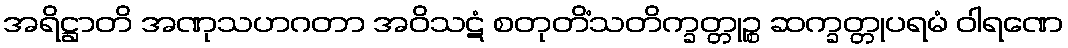
အရိဋ္ဌာတိ အဏုသဟဂတာ အဝိသဋံ စတုတိံသတိက္ခတ္တုဉ္စ ဆက္ခတ္တုပရမံ ဝါရဏေ